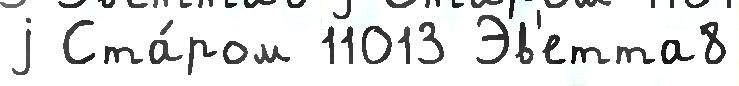
j Ста́ром 11013 Эв'етта8